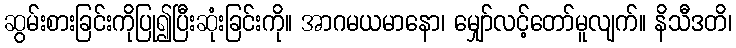
ဆွမ်းစားခြင်းကိုပြု၍ပြီးဆုံးခြင်းကို။ အာဂမယမာနော၊ မျှော်လင့်တော်မူလျက်။ နိသီဒတိ၊